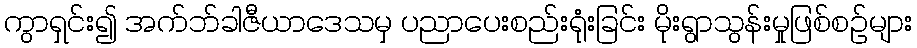
ကွာရှင်း၍ အက်ဘ်ခါဇီယာဒေသမှ ပညာပေးစည်းရုံးခြင်း မိုးရွာသွန်းမှုဖြစ်စဉ်များ